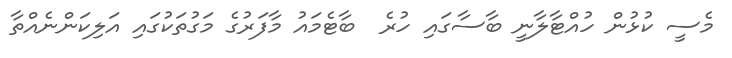
މެސީ ކުޅުން ހުއްޓާލާނީ ބާސާގައި ހުރެ  ބާޓެމައު މާފަރުގެ މަގުތަކުގައި އަލިކަންނެއްތާ